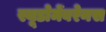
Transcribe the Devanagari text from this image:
स्यूडोमेंबरेनस